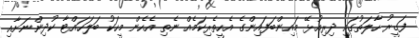
ފަގީރު ހާލަތުގައި ދިރިއުޅޭ މައިންބަފައިންގެ އެހީތެރިކަމެއް ނެތި އެހެން މީހަކު ބަލަހައްޓާ ކުދިންނަށާއި